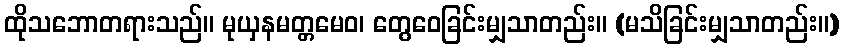
ထိုသဘောတရားသည်။ မုယှနမတ္တမေဝ၊ တွေဝေခြင်းမျှသာတည်း။ (မသိခြင်းမျှသာတည်း။)